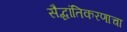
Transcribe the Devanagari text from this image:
सैद्धांतिकरणाचा